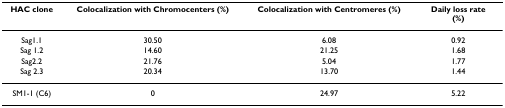
<table><thead><tr><td><b>HAC clone</b></td><td><b>Colocalization with Chromocenters (%)</b></td><td><b>Colocalization with Centromeres (%)</b></td><td><b>Daily loss rate(%)</b></td></tr></thead><tbody><tr><td>Sag1.1</td><td>30.50</td><td>6.08</td><td>0.92</td></tr><tr><td>Sag 1.2</td><td>14.60</td><td>21.25</td><td>1.68</td></tr><tr><td>Sag2.2</td><td>21.76</td><td>5.04</td><td>1.77</td></tr><tr><td>Sag 2.3</td><td>20.34</td><td>13.70</td><td>1.44</td></tr><tr><td>SM1-1 (C6)</td><td>0</td><td>24.97</td><td>5.22</td></tr></tbody></table>